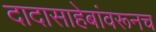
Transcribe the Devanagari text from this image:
दादासाहेबांवरूनच